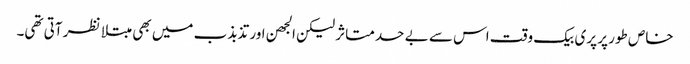
خاص طور پر پری بیک وقت اس سے بے حد متاثر لیکن الجھن اور تذبذب میں بھی مبتلا نظر آتی تھی۔